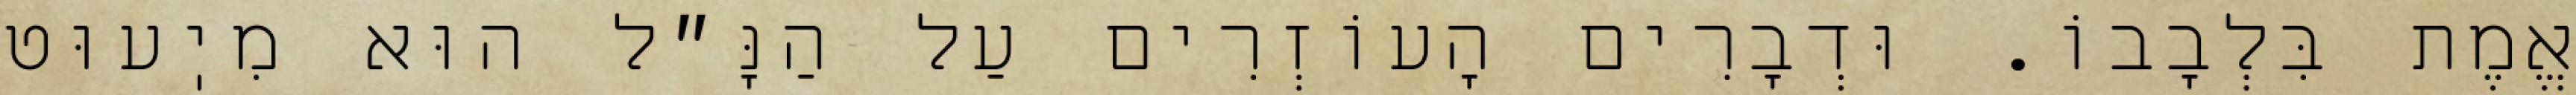
אֱמֶת בִּלְבָבוֹ. וּדְבָרִים הָעוֹזְרִים עַל הַנָּ״ל הוּא מִיֽעוּט